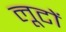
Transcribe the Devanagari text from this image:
लूटों